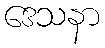
ဒေသနာ